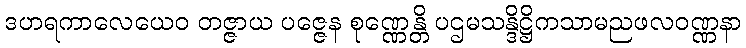
ဒဟရကာလေယေဝ တဇ္ဇာယ ပဇ္ဇေန စုဏ္ဏေန္တိ ပဌမသန္ဒိဋ္ဌိကသာမညဖလဝဏ္ဏနာ